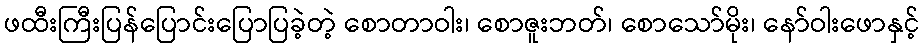
ဖထီးကြီးပြန်ပြောင်းပြောပြခဲ့တဲ့ စောတာဝါး၊ စောဇူးဘတ်၊ စောသော်မိုး၊ နော်ဝါးဖောနှင့်